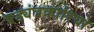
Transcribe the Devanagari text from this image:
षड्यंत्रकारियो